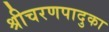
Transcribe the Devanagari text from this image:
श्रीचरणपादुका